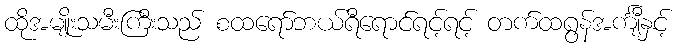
ထိုအမျိုးသမီးကြီးသည် စထရော်ဘယ်ရီရောင်ရင့်ရင့် တက်ထရွန်အင်္ကျီနှင့်